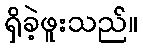
ရှိခဲ့ဖူးသည်။